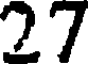
27